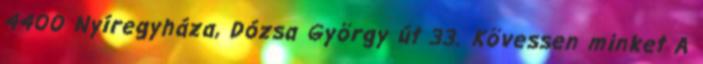
4400 Nyíregyháza, Dózsa György út 33. Kövessen minket A